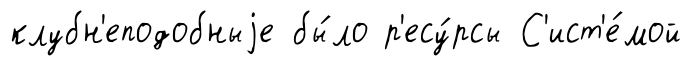
клубн'еподобныjе бы́ло р'есу́рсы С'ист'е́мой